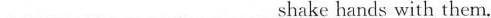
___ ___ ___shake hands with them。